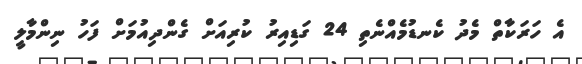
އެ ހަރަކާތް މެދު ކެނޑުމެއްނެތި 24 ގަޑިއިރު ކުރިއަށް ގެންދިއުމަށް ފަހު ނިންމާލީ